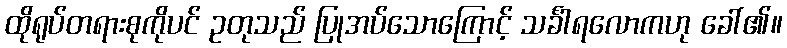
ထိုရုပ်တရားစုကိုပင် ဥတုသည် ပြုအပ်သောကြောင့် သင်္ခါရလောကဟု ခေါ်၏။